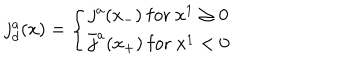
j _ { d } ^ { a } ( x ) = \left\{ { j ^ { a } ( x _ { - } ) \ \mathrm { f o r } \ x ^ { 1 } \geq 0 } \atop { \bar { j } ^ { a } ( x _ { + } ) \ \mathrm { f o r } \ x ^ { 1 } < 0 } \right. \